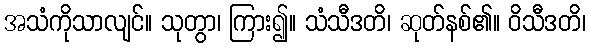
အသံကိုသာလျင်။ သုတွာ၊ ကြား၍။ သံသီဒတိ၊ ဆုတ်နစ်၏။ ဝိသီဒတိ၊